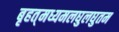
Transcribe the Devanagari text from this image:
बृहत्‌मध्यमलघुलघुतम